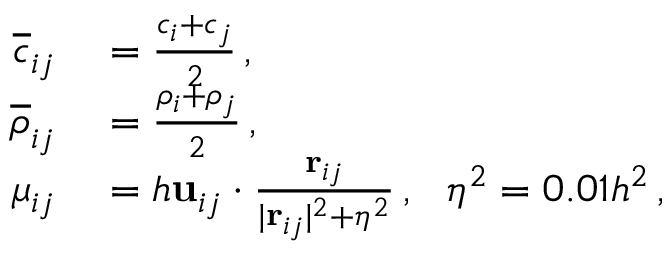
\begin{array} { r l } { \overline { { c } } _ { i j } } & { { } = \frac { c _ { i } + c _ { j } } { 2 } \, , } \\ { \overline { { \rho } } _ { i j } } & { { } = \frac { \rho _ { i } + \rho _ { j } } { 2 } \, , } \\ { \mu _ { i j } } & { { } = h \mathbf { u } _ { i j } \cdot \frac { \mathbf { r } _ { i j } } { \vert \mathbf { r } _ { i j } \vert ^ { 2 } + \eta ^ { 2 } } \, , \: \: \: \eta ^ { 2 } = 0 . 0 1 h ^ { 2 } \, , } \end{array}